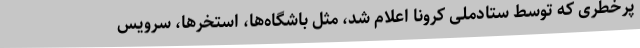
پرخطری که توسط ستادملی کرونا اعلام شد، مثل باشگاه‌ها، استخرها، سرویس